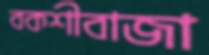
বকশীবাজা